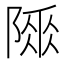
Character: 𨻌